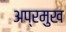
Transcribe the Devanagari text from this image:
अप्रमुख